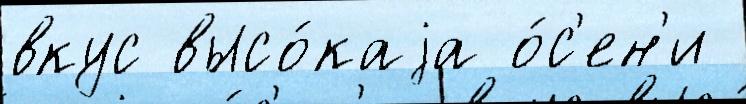
вкус высо́каjа о́с'ен'и